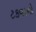
ટકવાનો